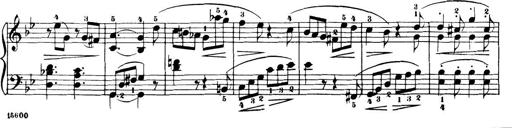
Title: 32 Sonatinas and Rondos for the Piano
Composer: Richard Kleinmichel